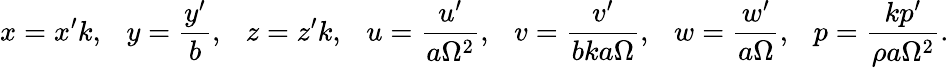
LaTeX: x=x^{\prime}k,\ \ \ y=\frac{y^{\prime}}{b},\ \ \ z=z^{\prime}k,\ \ \ u=\frac{u^{\prime}}{a\Omega^{2}},\ \ \ v=\frac{v^{\prime}}{bka\Omega},\ \ \ w=\frac{w^{\prime}}{a\Omega},\ \ \ p=\frac{kp^{\prime}}{\rho a\Omega^{2}}.